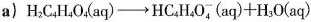
a) $$H_{2}C_{4}H_{4}O_{4}(aq) \rightarrow